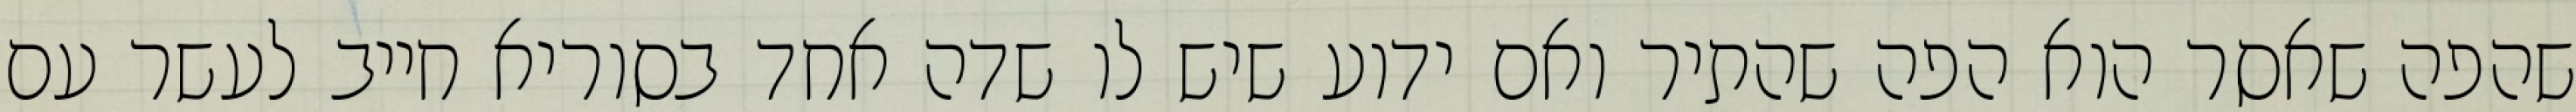
שהפה שאסר הוא הפה שהתיר ואם ידוע שיש לו שדה אחד בסוריא חייב לעשר עם